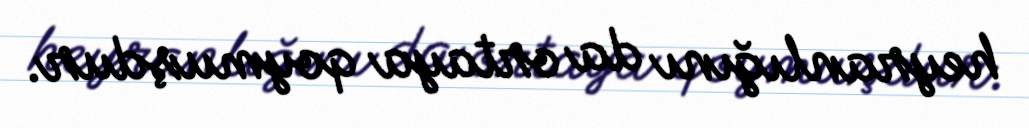
heyranlığını da ortaya qoymuşdur.